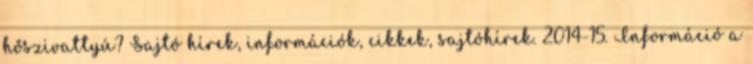
hőszivattyú? Sajtó hírek, információk, cikkek, sajtóhírek. 2014-15. Információ a